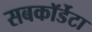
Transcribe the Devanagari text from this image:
सबकॉर्डेटा